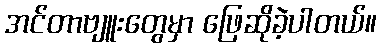
အင်တာဗျူးတွေမှာ ဖြေဆိုခဲ့ပါတယ်။